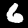
Label: 6